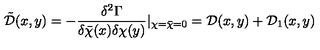
{ \tilde { \mathcal D } } ( x , y ) = - \frac { \delta ^ { 2 } \Gamma } { \delta { \bar { \chi } } ( x ) \delta \chi ( y ) } | _ { \chi = { \bar { \chi } } = 0 } = { \mathcal D } ( x , y ) + { \mathcal D } _ { 1 } ( x , y )